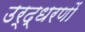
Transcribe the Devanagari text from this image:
उर्द्धरणों